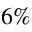
6 \%